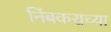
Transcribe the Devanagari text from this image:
निंबकराच्या